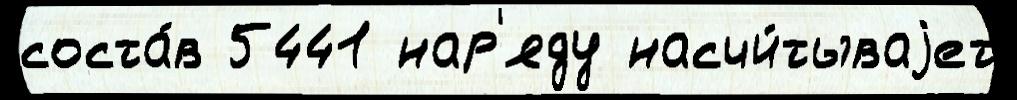
соста́в 5441 нар'яду насчи́тываjет